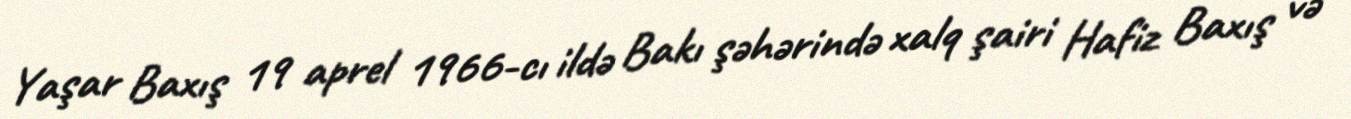
Yaşar Baxış 19 aprel 1966-cı ildə Bakı şəhərində xalq şairi Hafiz Baxış və